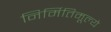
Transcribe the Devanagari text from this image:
निर्मितिमूल्ये